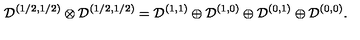
{ \mathcal D } ^ { ( 1 / 2 , 1 / 2 ) } \otimes { \mathcal D } ^ { ( 1 / 2 , 1 / 2 ) } = { \mathcal D } ^ { ( 1 , 1 ) } \oplus { \mathcal D } ^ { ( 1 , 0 ) } \oplus { \mathcal D } ^ { ( 0 , 1 ) } \oplus { \mathcal D } ^ { ( 0 , 0 ) } .